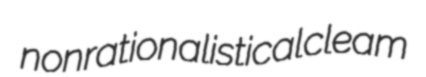
nonrationalistical cleam